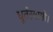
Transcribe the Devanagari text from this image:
धूर्तस्वामी।